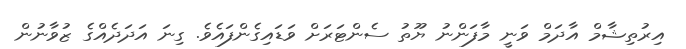
އިރުތިޝާމް އާދަމް ވަނީ މާފަންނު ޔޫތު ސެންޓަރަށް ވަޑައިގެންފައެވެ. ގިނަ އަދަދެއްގެ ޒުވާނުން